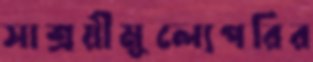
সাশ্রয়ীমূল্যেপরির